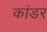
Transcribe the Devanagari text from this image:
कांडर